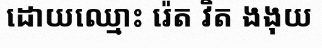
ដោយឈ្មោះ រ៉េត វិត ងងុយ